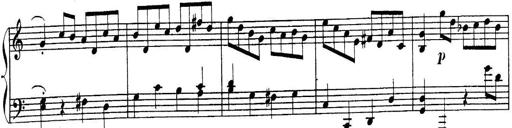
Title: Sonatina for Piano
Composer: BÃ©la BartÃ³k